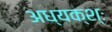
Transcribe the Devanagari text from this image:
अध्यक्श्ः